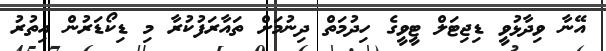
އޭނާ ވިދާޅުވީ ޑިޖިޓަލް ޓީވީގެ ހިދުމަތް ދިނުމަށް ތައާރަފުކުރާ މި ޑިކޯޑަރުން އިތުރު